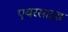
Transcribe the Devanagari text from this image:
एयरसाइड